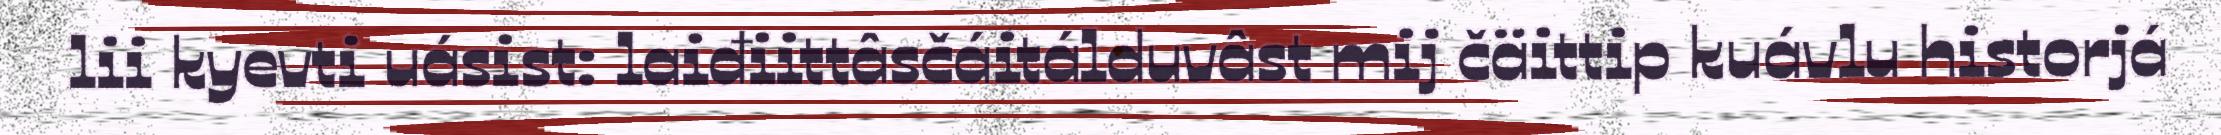
lii kyevti uásist: laiđiittâsčáitálduvâst mij čäittip kuávlu historjá